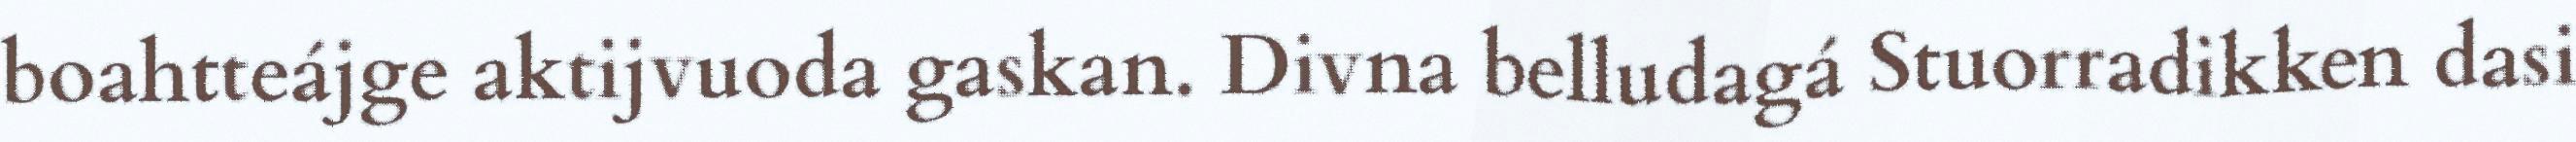
boahtteájge aktijvuoda gaskan. Divna belludagá Stuorradikken dasi